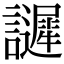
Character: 𧭟